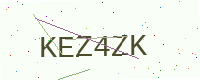
Text: KEZ4ZK